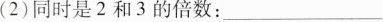
(2)同时是2和3的倍数:___